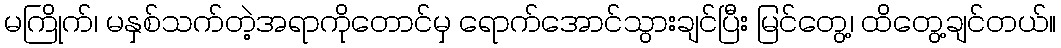
မကြိုက်၊ မနှစ်သက်တဲ့အရာကိုတောင်မှ ရောက်အောင်သွားချင်ပြီး မြင်တွေ့၊ ထိတွေ့ချင်တယ်။